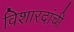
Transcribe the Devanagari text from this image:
विशारदांची